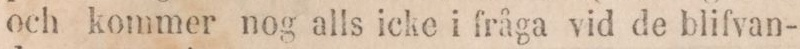
och kommer nog alls icke i fråga vid de blifvan-